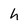
Character: h